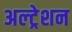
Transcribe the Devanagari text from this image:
अल्ट्रेशन